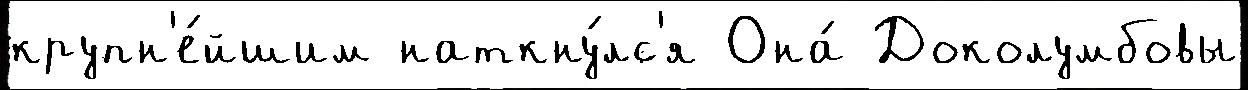
крупн'е́йшим наткну́лс'я Она́ Доколумбовы